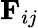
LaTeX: \textbf{F}_{ij}